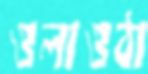
ওলাওঠা